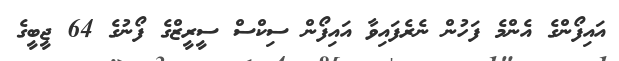
އައިފޯންގެ އެންމެ ފަހުން ނެރެފައިވާ އައިފޯން ސިކްސް ސީރީޒްގެ ފޯނުގެ 64 ޖީބީގެ